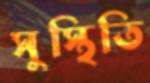
সুস্থিতি